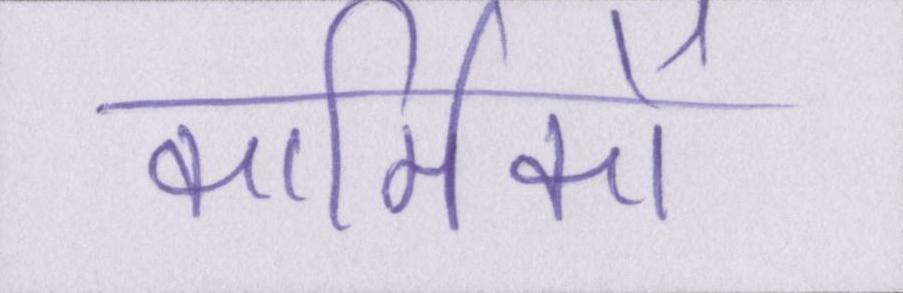
कार्मिकों